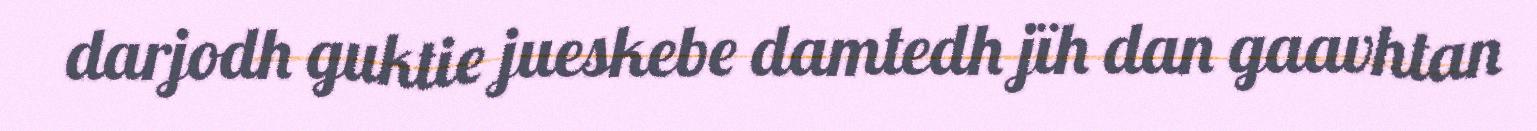
darjodh guktie jueskebe damtedh jïh dan gaavhtan